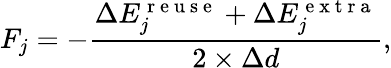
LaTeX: F_{j}=-\frac{\Delta E_{j}^{\mathrm{~r~e~u~s~e~}}+\Delta E_{j}^{\mathrm{~e~x~t~r~a~}}}{2\times\Delta d},